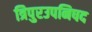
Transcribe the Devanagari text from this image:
त्रिपुरउपनिषद